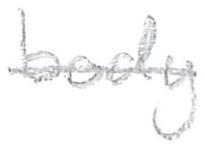
Text: body
Cross-out: mix
Writing tool: pencil